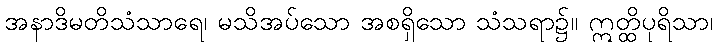
အနာဒိမတိသံသာရေ၊ မသိအပ်သော အစရှိသော သံသရာ၌။ ဣတ္ထိပုရိသာ၊